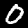
Label: 0